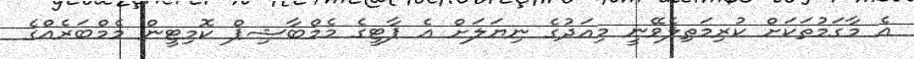
އެ މާގަމުތަކަށް ކުރިމަތިލެވޭނީ މިއަދުގެ ނިޔަލަށް އެ ޕާޓީގެ މެމްބާޝިޕް ކޮމިޓީން މެމްބަރެއްގެ